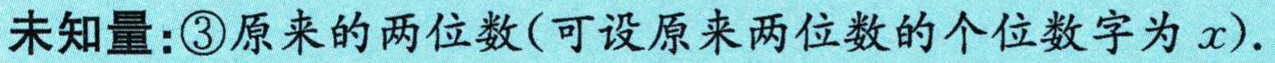
未知量：\textcircled{3}原来的两位数(可设原来两位数的个位数字为\(x\)).